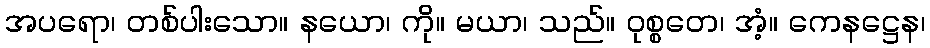
အပရော၊ တစ်ပါးသော။ နယော၊ ကို။ မယာ၊ သည်။ ဝုစ္စတေ၊ အံ့။ ကေနဋ္ဌေန၊